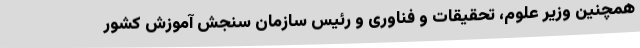
همچنین وزیر علوم، تحقیقات و فناوری و رئیس سازمان سنجش آموزش کشور